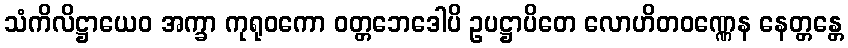
သံကိလိဋ္ဌာယေဝ အက္ခာ ကုရုဝကော ဝတ္တဘေဒေါပိ ဥပဋ္ဌာပိတေ လောဟိတဝဏ္ဏေန နေတ္တန္တေ